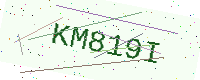
Text: KM819I